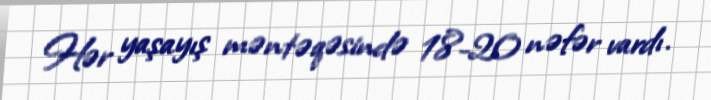
Hər yaşayış məntəqəsində 18-20 nəfər vardı.